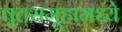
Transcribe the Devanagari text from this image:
वृत्तसमूहामध्ये